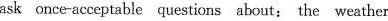
ask once-acceptable questions about: the weather